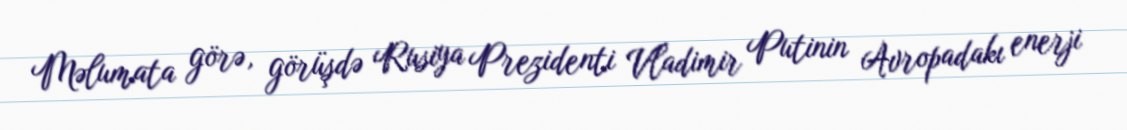
Məlumata görə, görüşdə Rusiya Prezidenti Vladimir Putinin Avropadakı enerji